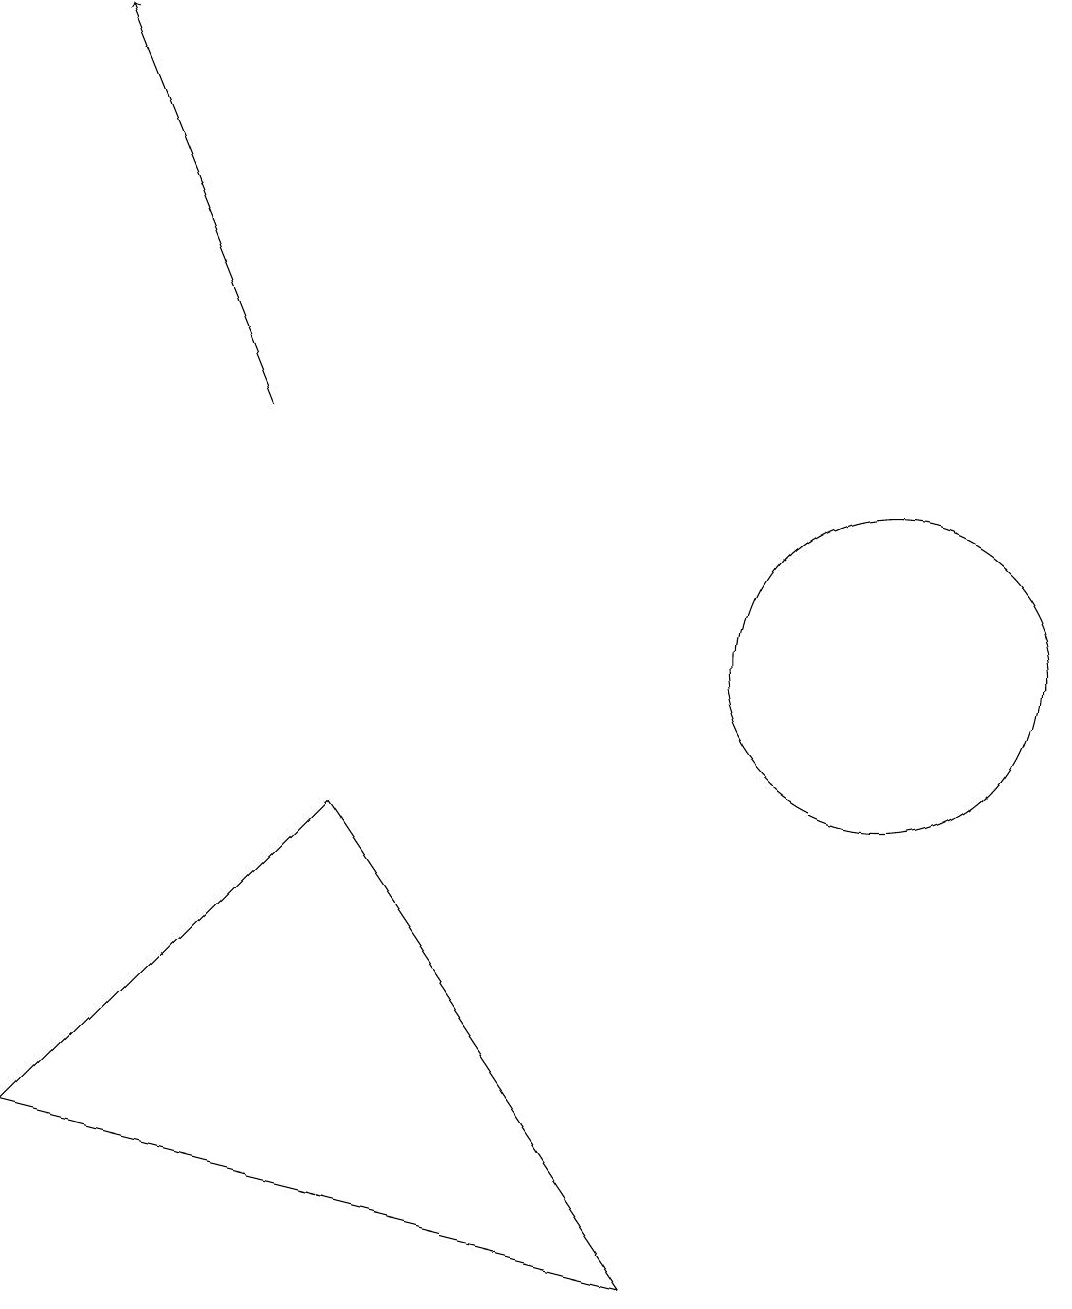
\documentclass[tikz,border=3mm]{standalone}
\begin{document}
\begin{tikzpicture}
\draw[->] (4,14) -- (2,19);
\draw (1,5) -- (5,9) -- (9,3) -- cycle;
\draw (12,11) circle (2);
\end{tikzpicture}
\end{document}